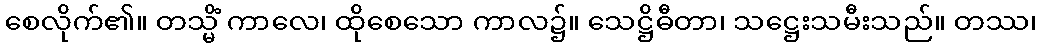
စေလိုက်၏။ တသ္မိံ ကာလေ၊ ထိုစေသော ကာလ၌။ သေဋ္ဌိဓီတာ၊ သဋ္ဌေးသမီးသည်။ တဿ၊